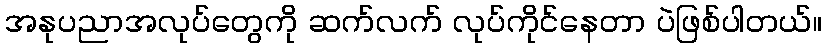
အနုပညာအလုပ်တွေကို ဆက်လက် လုပ်ကိုင်နေတာ ပဲဖြစ်ပါတယ်။